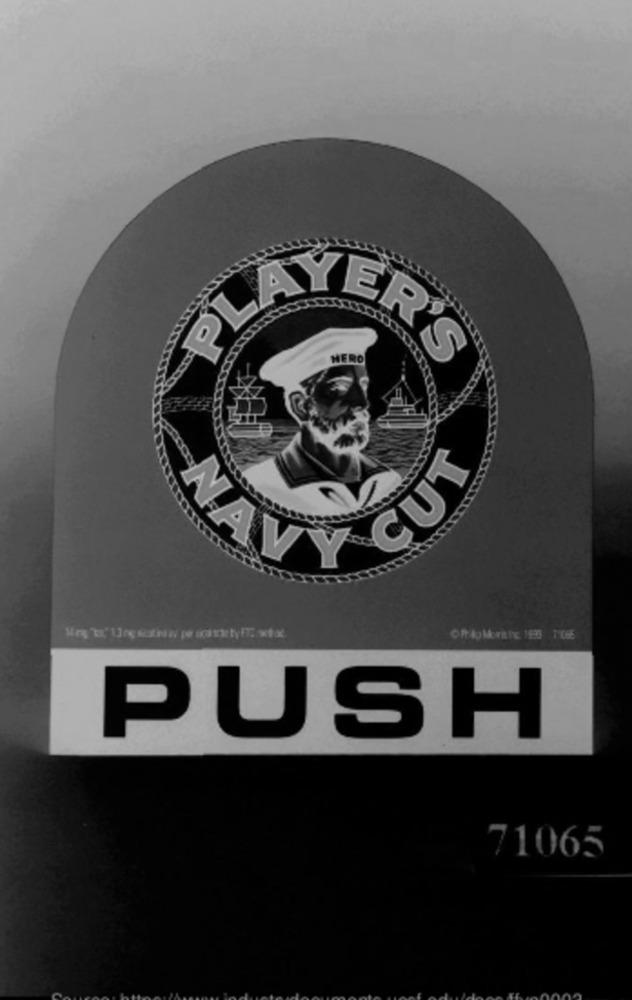
HERO
PLAYER'S
CUT
NA
PUSH
71065